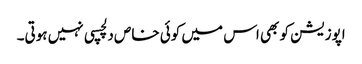
اپوزیشن کو بھی اس میں کوئی خاص دلچسپی نہیں ہوتی۔